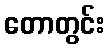
တောတွင်း